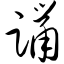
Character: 躐